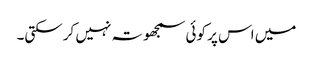
میں اس پر کوئی سمجھوتہ نہیں کرسکتی۔